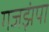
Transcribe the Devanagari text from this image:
गजझंपा